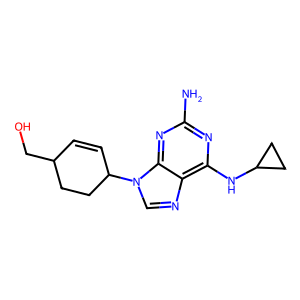
SMILES: Nc1nc(NC2CC2)c2ncn(C3C=CC(CO)CC3)c2n1
Inhibits HIV replication: No